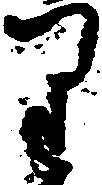
り